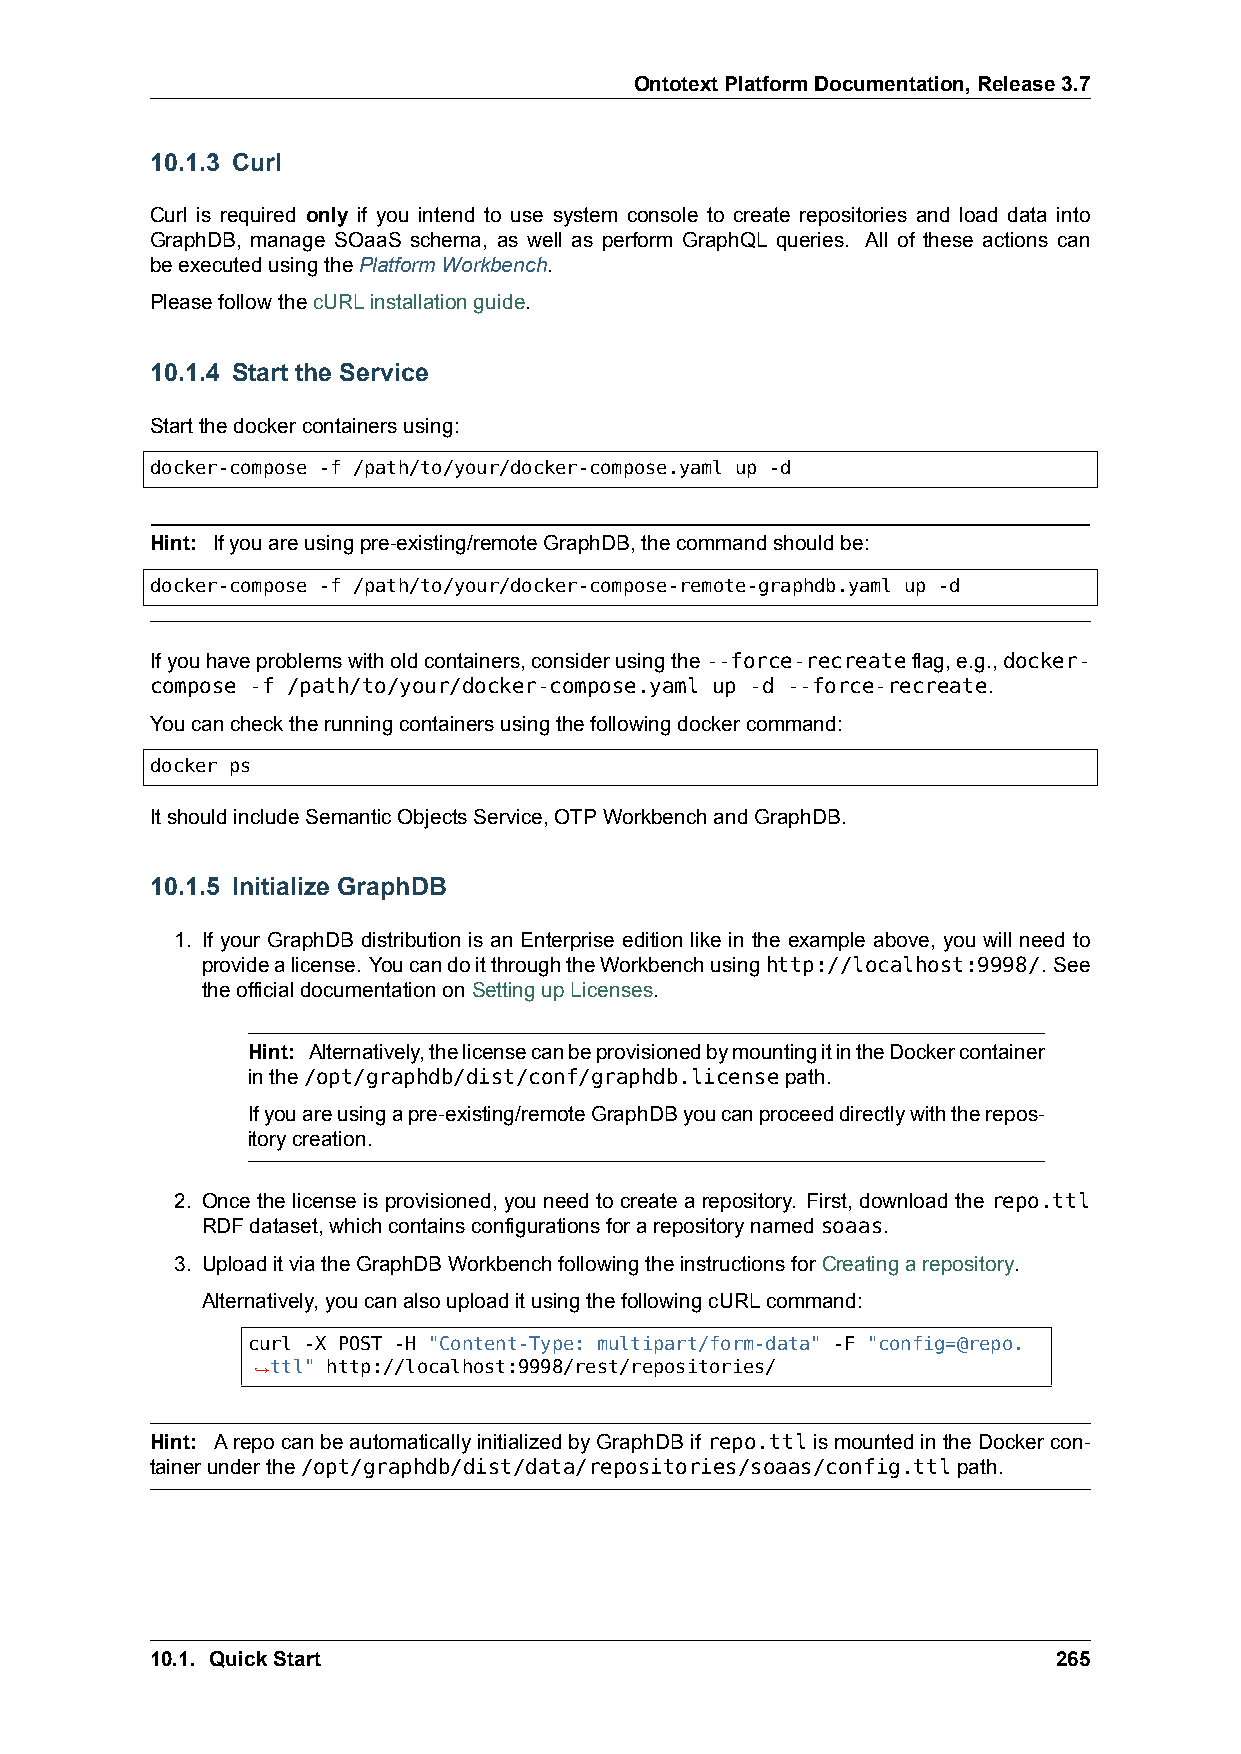
OntotextPlatformDocumentation,Release3.7
 10.1.3 Curl
 Curl is required only if you intend to use system console to create repositories and load data into
 GraphDB, manage SOaaS schema, as well as perform GraphQL queries. All of these actions can
 beexecutedusingthePlatformWorkbench.
 PleasefollowthecURLinstallationguide.
 10.1.4 Start the Service
 Startthedockercontainersusing:
 docker-compose -f /path/to/your/docker-compose.yaml up -d
 Hint: Ifyouareusingpre-existing/remoteGraphDB,thecommandshouldbe:
 docker-compose -f /path/to/your/docker-compose-remote-graphdb.yaml up -d
 Ifyouhaveproblemswitholdcontainers,considerusingthe--force-recreateflag,e.g.,docker-
 compose -f /path/to/your/docker-compose.yaml up -d --force-recreate.
 Youcanchecktherunningcontainersusingthefollowingdockercommand:
 docker ps
 ItshouldincludeSemanticObjectsService,OTPWorkbenchandGraphDB.
 10.1.5 Initialize GraphDB
 1. If your GraphDB distribution is an Enterprise edition like in the example above, you will need to
 providealicense. YoucandoitthroughtheWorkbenchusinghttp://localhost:9998/. See
 theofficialdocumentationonSettingupLicenses.
 Hint: Alternatively,thelicensecanbeprovisionedbymountingitintheDockercontainer
 inthe/opt/graphdb/dist/conf/graphdb.licensepath.
 Ifyouareusingapre-existing/remoteGraphDByoucanproceeddirectlywiththerepos-
 itorycreation.
 2. Once the license is provisioned, you need to create a repository. First, download the repo.ttl
 RDFdataset,whichcontainsconfigurationsforarepositorynamedsoaas.
 3. UploaditviatheGraphDBWorkbenchfollowingtheinstructionsforCreatingarepository.
 Alternatively,youcanalsouploaditusingthefollowingcURLcommand:
 curl -X POST -H "Content-Type: multipart/form-data" -F "config=@repo.
 ,→ttl" http://localhost:9998/rest/repositories/
 Hint: ArepocanbeautomaticallyinitializedbyGraphDBif repo.ttlismountedintheDockercon-
 tainerunderthe/opt/graphdb/dist/data/repositories/soaas/config.ttlpath.
 10.1. QuickStart                                            265